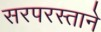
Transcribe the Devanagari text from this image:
सरपरस्ताने